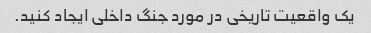
یک واقعیت تاریخی در مورد جنگ داخلی ایجاد کنید.